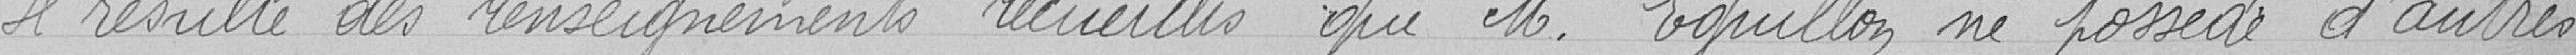
Il résulte des renseignements recueillis que Monsieur Eguillon ne possède d'autres